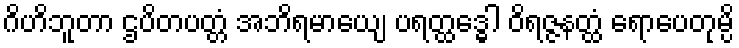
ဂိဟိဘူတာ ဌပိတပတ္တံ အဘိရမာယျေ ပရတ္ထဒ္ဓေါ ဝိရဇ္ဇနတ္ထံ ရောပေတုမ္ပိ